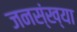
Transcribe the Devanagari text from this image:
जनस्ंख्या